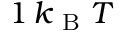
1 \, k _ { \mathrm { ~ B ~ } } T